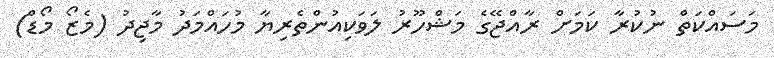
މަސައްކަތް ނުކުރާ ކަމަށް ރާއްޖޭގެ މަޝްހޫރު ލަވަކިއުންތެރިޔާ މުހައްމަދު މާޖިދު (މެޒޯ މޯޑް)